Vaccination in Bombay 1863-1868 - 1863-1868
Year: 1863
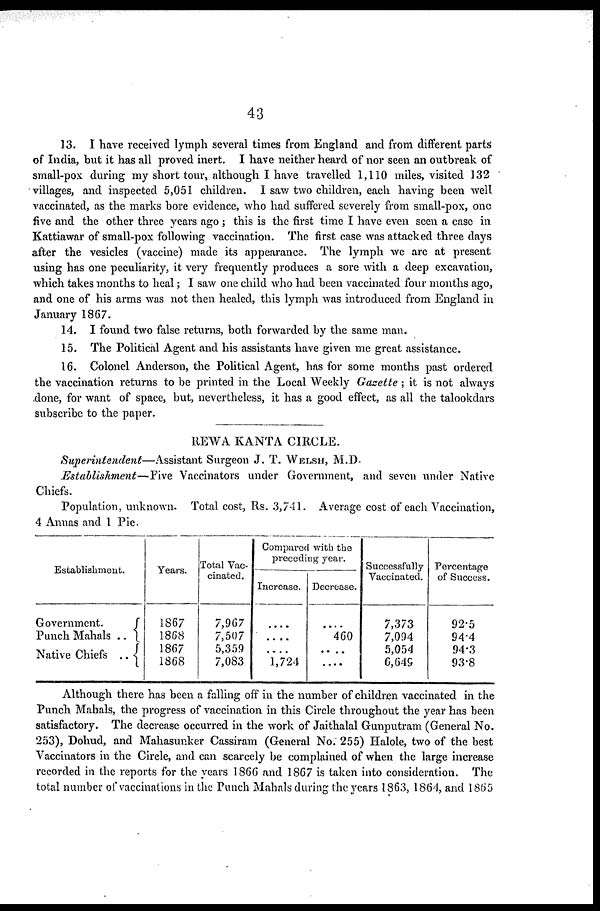
43
13. I have received lymph several times from England and from different parts
of India, but it has all proved inert. I have neither heard of nor seen an outbreak of
small-pox during my short tour, although I have travelled 1,110 miles, visited 132
villages, and inspected 5,051 children. I saw two children, each having been well
vaccinated, as the marks bore evidence, who had suffered severely from small-pox, one
five and the other three years ago ; this is the first time I have even seen a case in
Kattiawar of small-pox following vaccination. The first case was attacked three days
after the vesicles (vaccine) made its appearance. The lymph we are at present
using has one peculiarity, it very frequently produces a sore with a deep excavation,
which takes months to heal; I saw one child who had been vaccinated four months ago,
and one of his arms was not then healed, this lymph was introduced from England in
January 1867.
14. I found two false returns, both forwarded by the same man.
15. The Political Agent and his assistants have given me great assistance.
16. Colonel Anderson, the Political Agent, has for some months past ordered
the vaccination returns to be printed in the Local Weekly Gazette ; it is not always
done, for want of space, but, nevertheless, it has a good effect, as all the talookdars
subscribe to the paper.
REWA KANTA CIRCLE.
Superintendent—Assistant
Surgeon J. T. WELSH, M.D.
Establishment—Five
Vaccinators under Government, and seven under Native
Chiefs.
Population, unknown. Total cost, Rs. 3,741. Average cost of each Vaccination,
4 Annas and 1 Pie.
Establishment.
Government.
Punch Mahals ..
Native Chiefs ..
Years.
1867
1868
1867
1868
Total Vac-
cinated.
7,967
7,507
5,359
7,083
Compared with the
preceding year.
Increase.
....
....
....
1,724
Decrease.
....
460
....
....
Successfully
Vaccinated.
7,373
7,094
5,054
6,649
Percentage
of Success.
92.5
94.4
94.3
93.8
Although there has been a falling off in the number of children vaccinated in the
Punch Mahals, the progress of vaccination in this Circle throughout the year has been
satisfactory. The decrease occurred in the work of Jaithalal Gunputram (General No.
253), Dohud, and Mahasunker Cassiram (General No. 255) Halole, two of the best
Vaccinators in the Circle, and can scarcely be complained of when the large increase
recorded in the reports for the years 1866 and 1867 is taken into consideration. The
total number of vaccinations in the Punch Mahals during the years 1863, 1864, and 1865